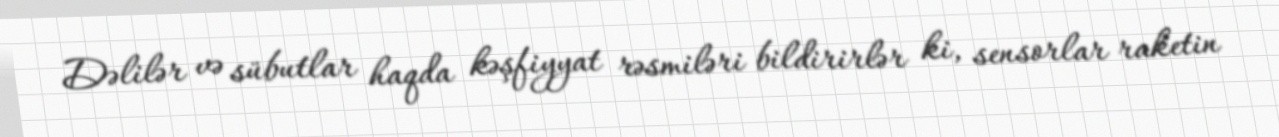
Dəlilər və sübutlar haqda kəşfiyyat rəsmiləri bildirirlər ki, sensorlar raketin